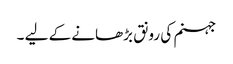
جہنم کی رونق بڑھانے کے لیے ۔